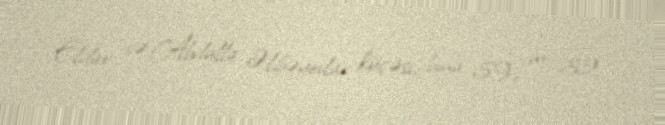
Eldar və Abdulla Əlibəyovlar küçəsi, bina 59, m. 32